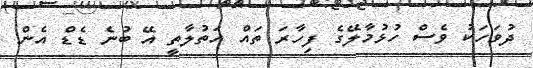
ދުވަހަކު ވެސް ހުޅުމާލޭގެ ފިހާރަ ތައް އަތުލާތީ އޭ ބުނެ ޑެޑް އެން